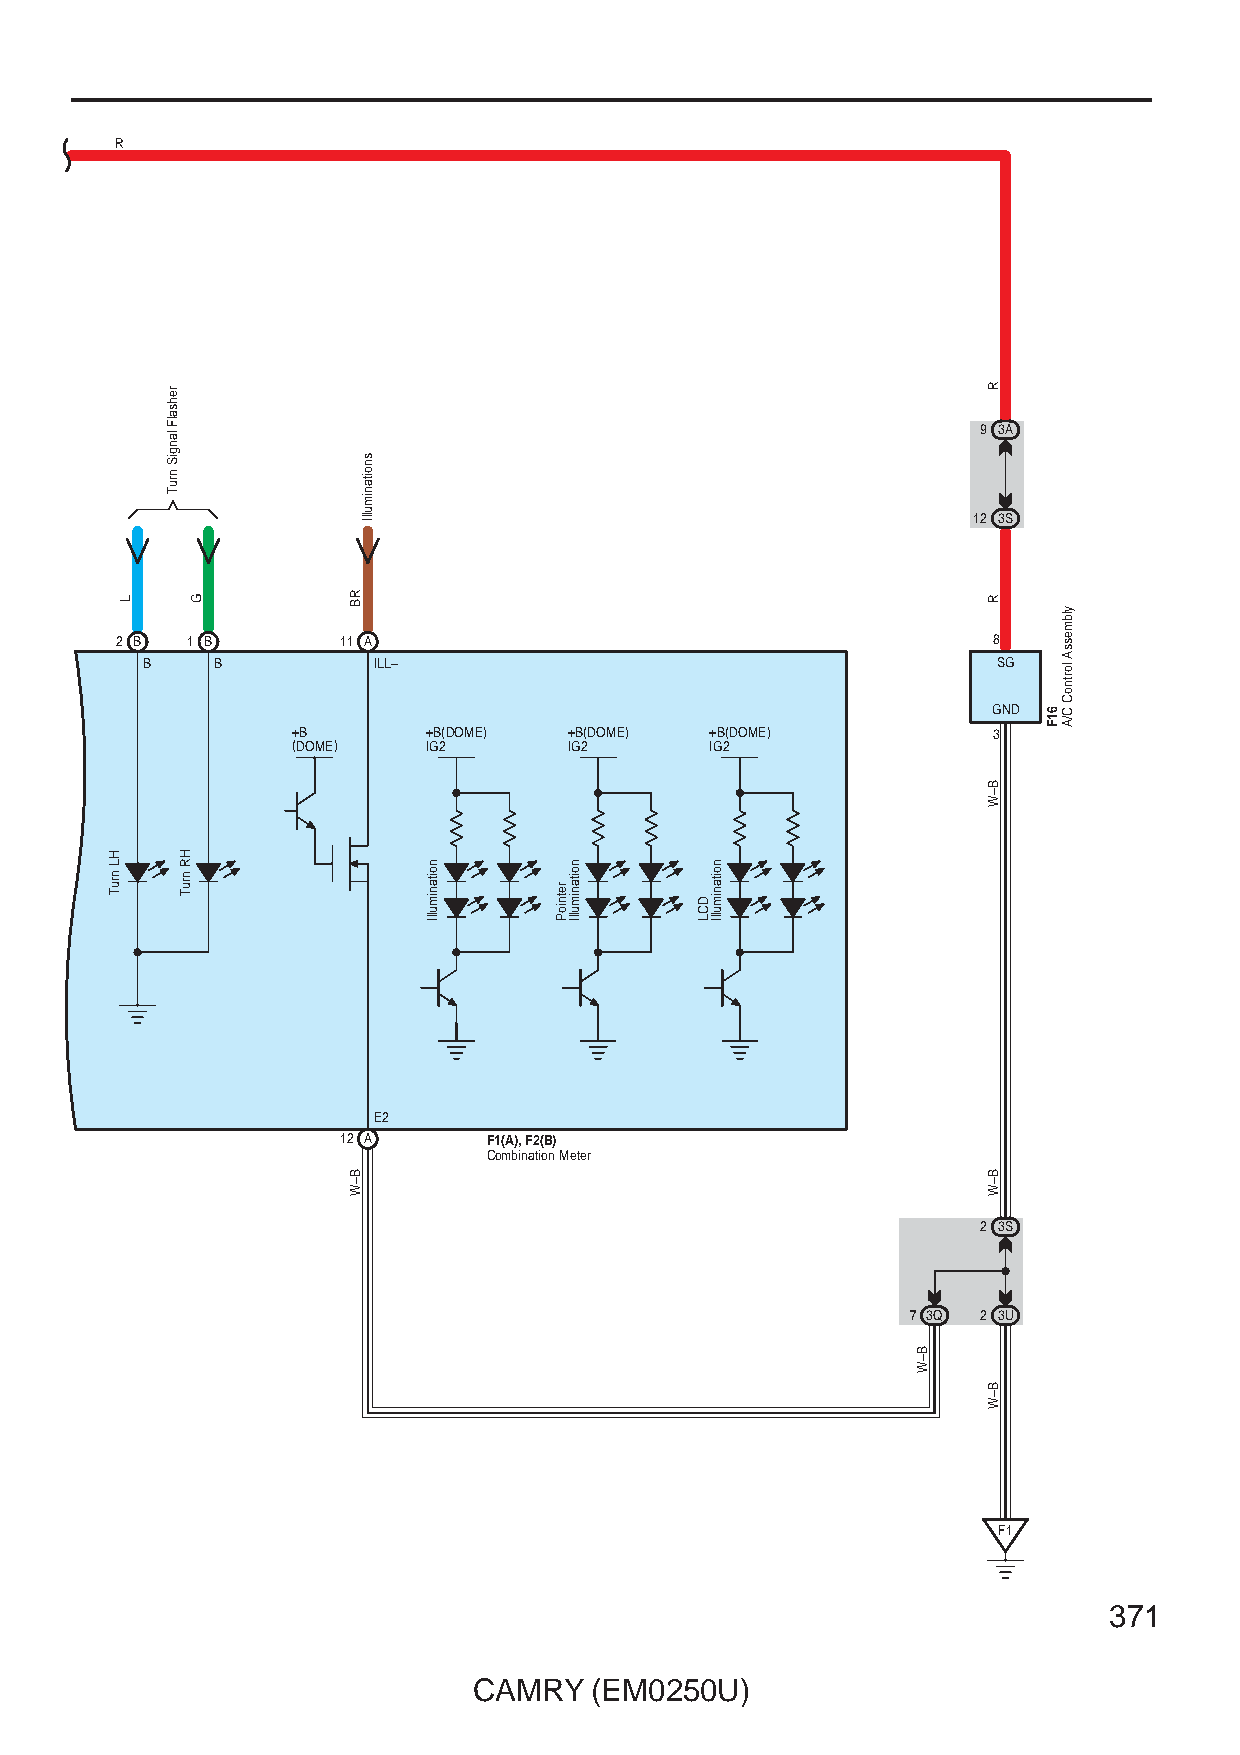
R
 9 3A
 12 3S
 2 B 1 B       11 A                                        8
 B    B          ILL–                                     SG
 GND
 +B       +B(DOME)  +B(DOME) +B(DOME)           3
 (DOME)   IG2       IG2      IG2
 E2
 12 A      F1(A), F2(B)
 Combination Meter
 2 3S
 7 3Q 2 3U
 F1
 371
 CAMRY   (EM0250U)
 HL
 nruT
 L
 rehsalF
 langiS
 nruT
 HR
 nruT
 G         RB
 B–W
 snoitanimullI
 noitanimullI
 retnioP
 noitanimullI
 DCL
 noitanimullI
 B–W
 R
 R
 B–W
 B–W
 B–W
 61F
 ylbmessA
 lortnoC
 C/A